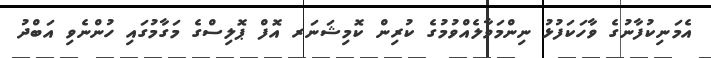
އެމަނިކުފާނުގެ ވާހަކަފުޅު ނިންމަވާލެއްވުމުގެ ކުރިން ކޮމިޝަނަރ އޮފް ޕޮލިސްގެ މަގާމުގައި ހުންނެވި އަބްދު